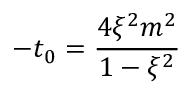
- t _ { 0 } = \frac { 4 \xi ^ { 2 } m ^ { 2 } } { 1 - \xi ^ { 2 } }